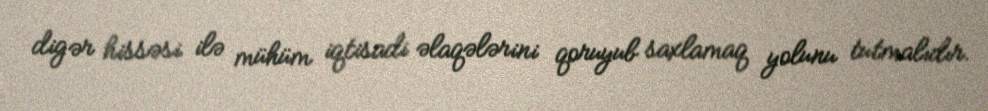
digər hissəsi ilə mühüm iqtisadi əlaqələrini qoruyub saxlamaq yolunu tutmalıdır.